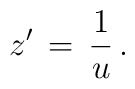
z^\prime \,=\, {1\over u }\,.